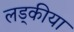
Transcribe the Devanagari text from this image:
लड्कीया